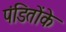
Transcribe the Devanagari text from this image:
पंडितोंके